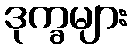
ဒုက္ခများ